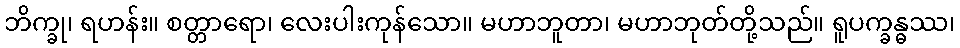
ဘိက္ခု၊ ရဟန်း။ စတ္တာရော၊ လေးပါးကုန်သော။ မဟာဘူတာ၊ မဟာဘုတ်တို့သည်။ ရူပက္ခန္ဓဿ၊